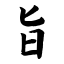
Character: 旨